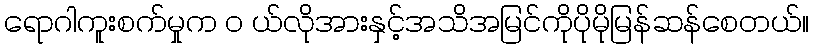
ရောဂါကူးစက်မှုက ၀ ယ်လိုအားနှင့်အသိအမြင်ကိုပိုမိုမြန်ဆန်စေတယ်။